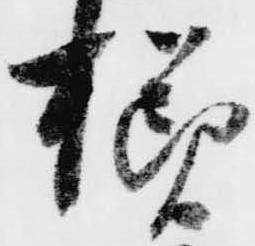
様